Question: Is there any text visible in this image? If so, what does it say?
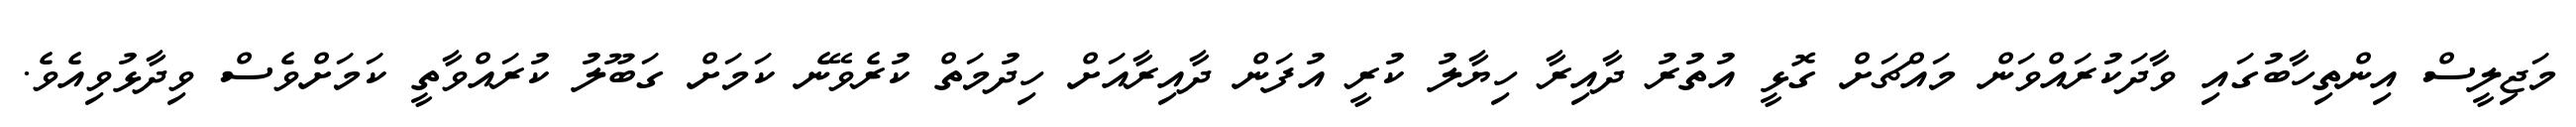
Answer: މަޖިލީސް އިންތިހާބުގައި ވާދަކުރައްވަން މައްޗަށް ގޮޅީ އުތުރު ދާއިރާ ހިޔާލު ކުރީ އުފަން ދާއިރާއަށް ހިދުމަތް ކުރެވޭނެ ކަމަށް ގަބޫލު ކުރައްވާތީ ކަމަށްވެސް ވިދާޅުވިއެވެ.